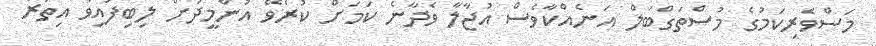
މަސްވެރިކަމުގެ މުސްތަގްބަލް އަނެއްކާވެސް އުޖާލާ ވެދާނެ ކަމަށް ކުރެވޭ އުންމީދަށް ލިބިފައިވާ އިތުރު